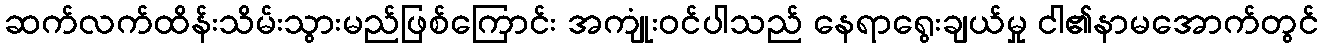
ဆက်လက်ထိန်းသိမ်းသွားမည်ဖြစ်ကြောင်း အကျုံးဝင်ပါသည် နေရာရွေးချယ်မှု ငါ၏နာမအောက်တွင်